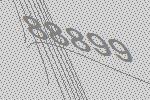
88899